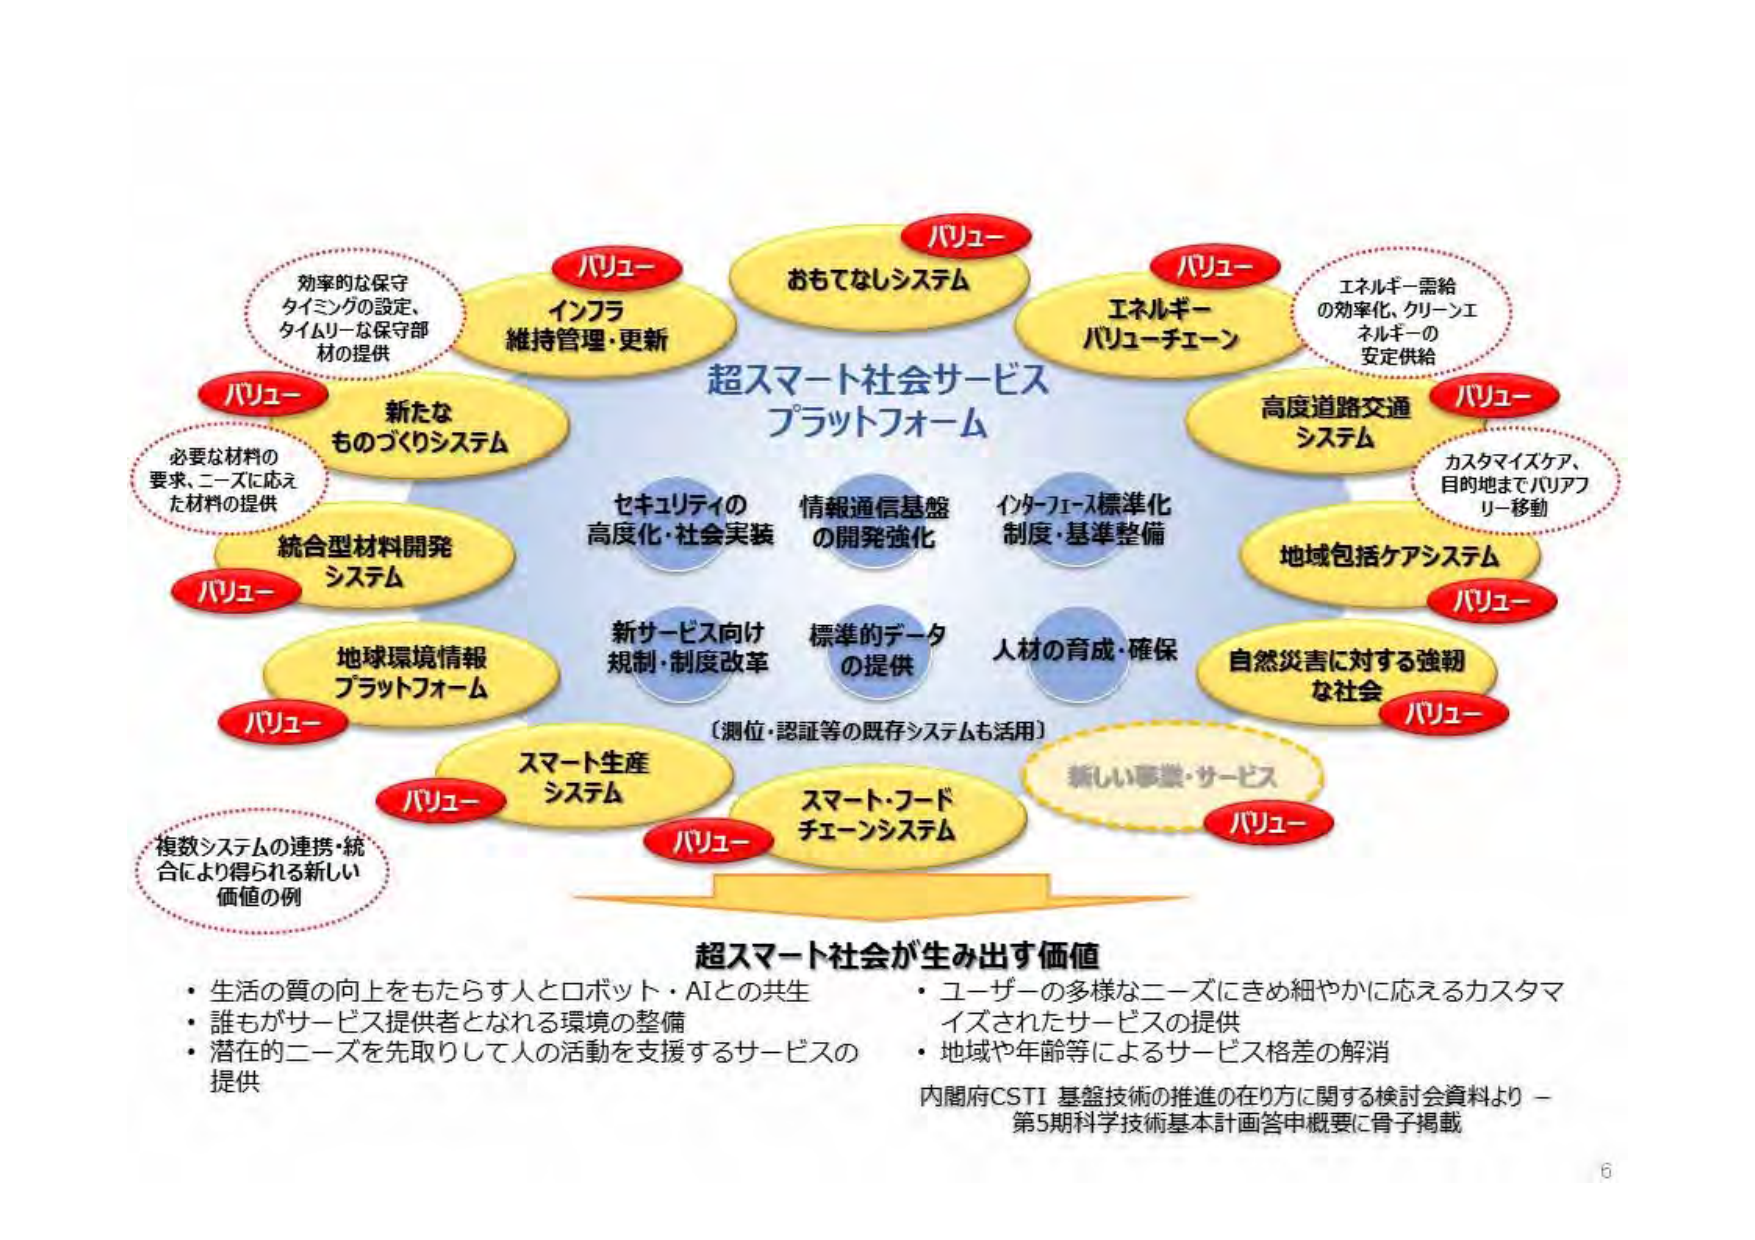
超スマート社会サービス
プラットフォーム

パリュー
インフラ
維持管理・更新

パリュー
おもてなしシステム

パリュー
エネルギー
バリューチェーン

パリュー
高度道路交通
システム

パリュー
地域包括ケアシステム

パリュー
自然災害に対する強靭
な社会

パリュー
スマート・フード
チェーンシステム

パリュー
スマート生産
システム

パリュー
地球環境情報
プラットフォーム

パリュー
統合型材料開発
システム

パリュー
新たな
ものづくりシステム

パリュー
効率的な保守
タイミングの設定、
タイムリーな保守部
材の提供

パリュー
必要な材料の
要求、ニーズに応え
た材料の提供

パリュー
複数システムの連携・統
合により得られる新しい
価値の例

パリュー
エネルギー需給
の効率化、クリーンエ
ネルギーの
安定供給

パリュー
カスタマイズケア、
目的地までバリアフ
リー移動

パリュー
新しい事業・サービス

セキュリティの
高度化・社会実装

情報通信基盤
の開発強化

インターフェース標準化
制度・基準整備

新サービス向け
規制・制度改革

標準的データ
の提供

人材の育成・確保

〔測位・認証等の既存システムも活用〕

超スマート社会が生み出す価値
・生活の質の向上をもたらす人とロボット・AIとの共生
・誰もがサービス提供者となれる環境の整備
・潜在的ニーズを先取りして人の活動を支援するサービスの
提供
・ユーザーの多様なニーズにきめ細やかに応えるカスタマ
イズされたサービスの提供
・地域や年齢等によるサービス格差の解消

内閣府CSTI 基盤技術の推進の在り方に関する検討会資料より －
第5期科学技術基本計画答申概要に骨子掲載

6